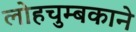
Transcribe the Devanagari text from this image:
लोहचुम्बकाने